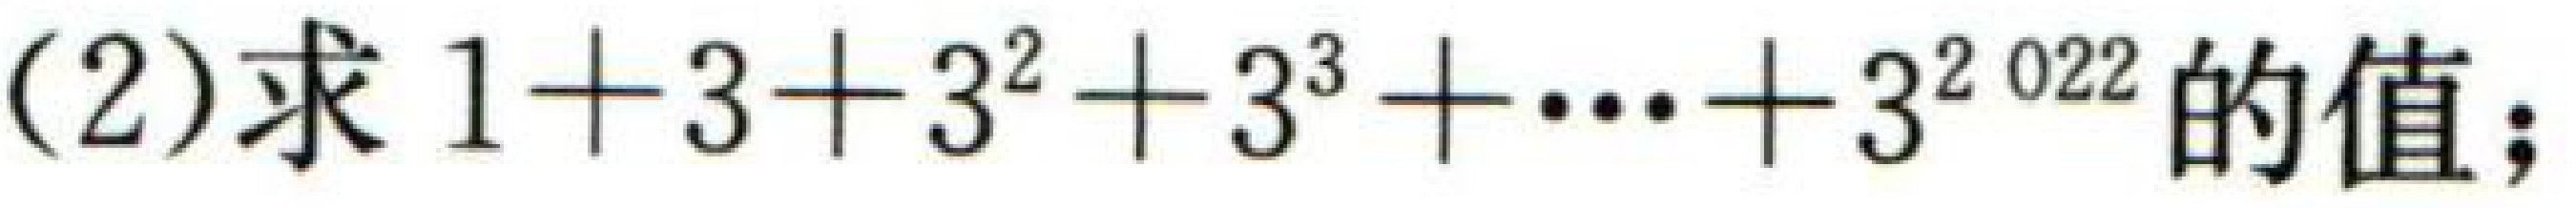
(2)求 \(1 + 3+3^{2}+3^{3}+\cdots + 3^{2022}\) 的值；